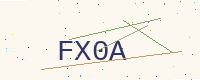
Text: FX0A